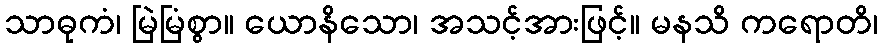
သာဓုကံ၊ မြဲမြံစွာ။ ယောနိသော၊ အသင့်အားဖြင့်။ မနသိ ကရောတိ၊